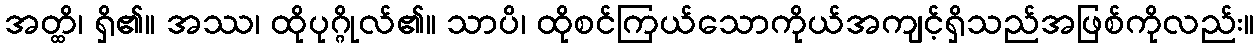
အတ္ထိ၊ ရှိ၏။ အဿ၊ ထိုပုဂ္ဂိုလ်၏။ သာပိ၊ ထိုစင်ကြယ်သောကိုယ်အကျင့်ရှိသည်အဖြစ်ကိုလည်း။